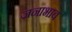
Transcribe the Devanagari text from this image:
जनाभाव